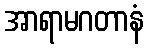
အာရာမဂတာနံ